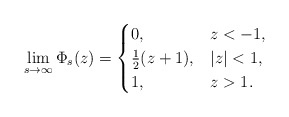
\begin{align*}\lim_{s\to\infty}\Phi_s(z)=\begin{cases}0, & z<-1, \\\frac{1}{2}(z+1), & |z|<1,\\1, &z>1.\end{cases}\end{align*}